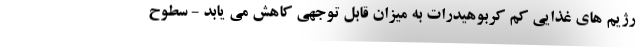
رژیم های غذایی کم کربوهیدرات به میزان قابل توجهی کاهش می یابد - سطوح